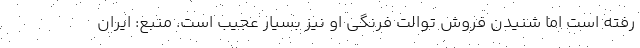
رفته است اما شنیدن فروش توالت فرنگی او نیز بسیار عجیب است. منبع: ایران